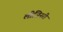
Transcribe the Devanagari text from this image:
लीजिनरी